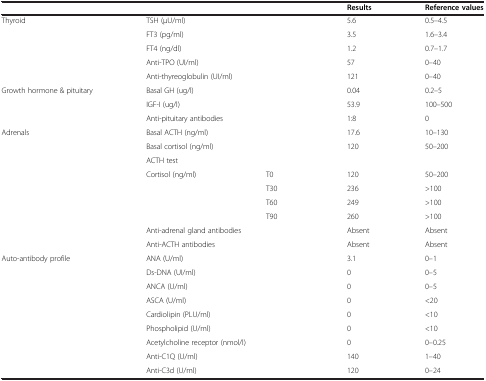
<table><thead><tr><td colspan="3"><b> </b></td><td><b>Results</b></td><td><b>Reference values</b></td></tr></thead><tbody><tr><td rowspan="5">Thyroid</td><td colspan="2">TSH (μU/ml)</td><td>5.6</td><td>0.5–4.5</td></tr><tr><td colspan="2">FT3 (pg/ml)</td><td>3.5</td><td>1.6–3.4</td></tr><tr><td colspan="2">FT4 (ng/dl)</td><td>1.2</td><td>0.7–1.7</td></tr><tr><td colspan="2">Anti-TPO (UI/ml)</td><td>57</td><td>0–40</td></tr><tr><td colspan="2">Anti-thyreoglobulin (UI/ml)</td><td>121</td><td>0–40</td></tr><tr><td rowspan="3">Growth hormone &amp; pituitary</td><td colspan="2">Basal GH (ug/l)</td><td>0.04</td><td>0.2–5</td></tr><tr><td colspan="2">IGF-I (ug/l)</td><td>53.9</td><td>100–500</td></tr><tr><td colspan="2">Anti-pituitary antibodies</td><td>1:8</td><td>0</td></tr><tr><td rowspan="9">Adrenals</td><td colspan="2">Basal ACTH (ng/ml)</td><td>17.6</td><td>10–130</td></tr><tr><td colspan="2">Basal cortisol (ng/ml)</td><td>120</td><td>50–200</td></tr><tr><td colspan="4">ACTH test</td></tr><tr><td rowspan="4">Cortisol (ng/ml)</td><td>T0</td><td>120</td><td>50–200</td></tr><tr><td>T30</td><td>236</td><td>&gt;100</td></tr><tr><td>T60</td><td>249</td><td>&gt;100</td></tr><tr><td>T90</td><td>260</td><td>&gt;100</td></tr><tr><td colspan="2">Anti-adrenal gland antibodies</td><td>Absent</td><td>Absent</td></tr><tr><td colspan="2">Anti-ACTH antibodies</td><td>Absent</td><td>Absent</td></tr><tr><td rowspan="8">Auto-antibody profile</td><td colspan="2">ANA (U/ml)</td><td>3.1</td><td>0–1</td></tr><tr><td colspan="2">Ds-DNA (UI/ml)</td><td>0</td><td>0–5</td></tr><tr><td colspan="2">ANCA (U/ml)</td><td>0</td><td>0–5</td></tr><tr><td colspan="2">ASCA (U/ml)</td><td>0</td><td>&lt;20</td></tr><tr><td colspan="2">Cardiolipin (PLU/ml)</td><td>0</td><td>&lt;10</td></tr><tr><td colspan="2">Phospholipid (U/ml)</td><td>0</td><td>&lt;10</td></tr><tr><td colspan="2">Acetylcholine receptor (nmol/l)</td><td>0</td><td>0–0.25</td></tr><tr><td colspan="2">Anti-C1Q (U/ml)</td><td>140</td><td>1–40</td></tr><tr><td> </td><td colspan="2">Anti-C3d (U/ml)</td><td>120</td><td>0–24</td></tr></tbody></table>